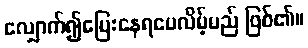
လျှောက်၍ပြေးနေရပေလိမ့်မည် ဖြစ်၏။